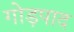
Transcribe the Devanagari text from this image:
गोड़पाद